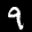
Label: 9